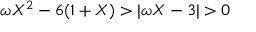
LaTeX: \omega X ^ { 2 } - 6 ( 1 + X ) > | \omega X - 3 | > 0